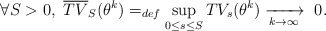
\begin{align*} \forall S>0, \ \overline{TV}_S(\theta^k)=_{def}\sup_{0\leq s\leq S}TV_s(\theta^k)\xrightarrow[k \to \infty]{} \ 0.\end{align*}